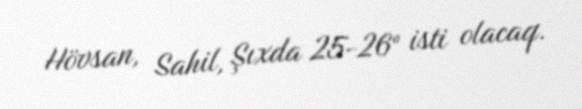
Hövsan, Sahil, Şıxda 25-26° isti olacaq.